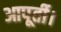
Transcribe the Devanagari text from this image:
आपूर्ती।